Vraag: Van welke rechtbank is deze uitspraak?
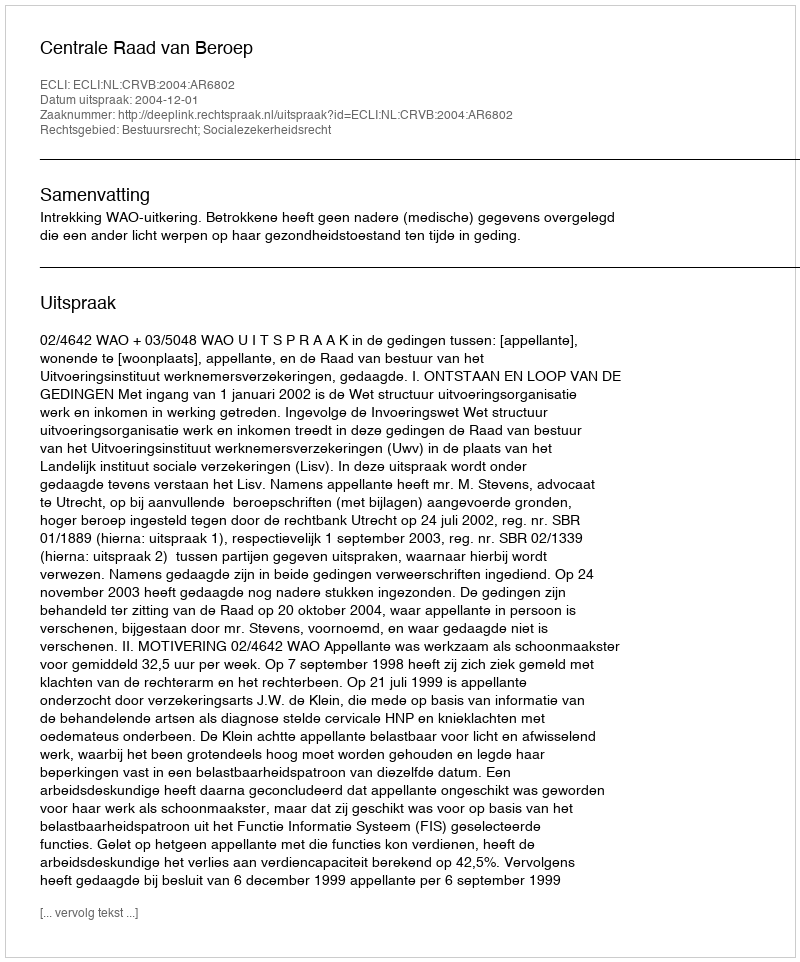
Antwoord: Centrale Raad van Beroep